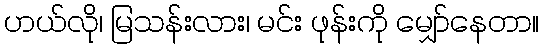
ဟယ်လို၊ မြသန်းလား၊ မင်း ဖုန်းကို မျှော်နေတာ။